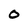
Character: O